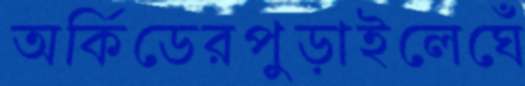
অর্কিডেরপুড়াইলেঘেঁ